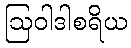
ဩဝါဒါစရိယ